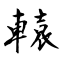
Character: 轅